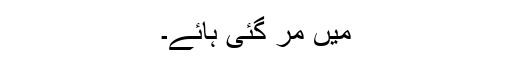
میں مر گئی ہائے۔